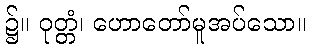
၌။ ဝုတ္တံ၊ ဟောတော်မူအပ်သော။